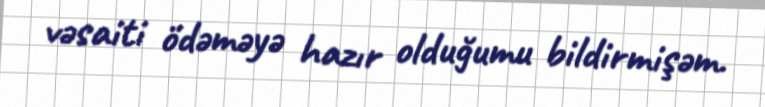
vəsaiti ödəməyə hazır olduğumu bildirmişəm.